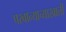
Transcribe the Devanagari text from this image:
परवान्याच्याखाली